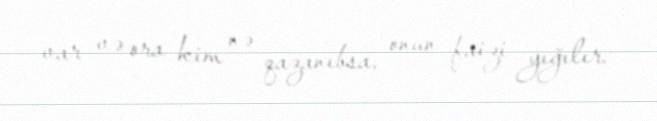
var və ora kim nə qazanıbsa, onun faizi yığılır.